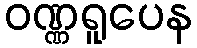
ဝဏ္ဏရူပေန